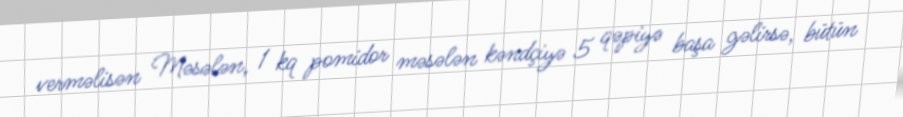
verməlisən Məsələn, 1 kq pomidor məsələn kəndçiyə 5 qəpiyə başa gəlirsə, bütün